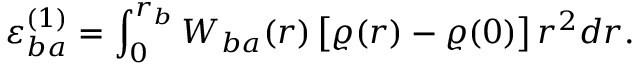
\varepsilon _ { b a } ^ { ( 1 ) } = \int _ { 0 } ^ { r _ { b } } W _ { b a } ( r ) \, \big [ \varrho ( r ) - \varrho ( 0 ) \big ] \, r ^ { 2 } d r .